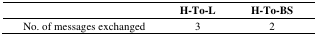
|  | H-To-L | H-To-BS |
 | --- | --- | --- |
 | No. of messages exchanged | 3 | 2 |